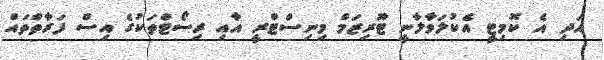
އަދި އެ ކޮމިޓީ އެކުލަވާލާނީ ޓޫރިޒަމް މިނިސްޓްރީ އާއި ރިސޯޓްތަކުގެ އިސް ފަރާތްތައް